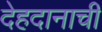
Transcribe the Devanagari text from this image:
देहदानाची